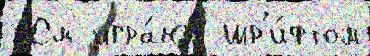
 См игра́ют шр'и́фтом